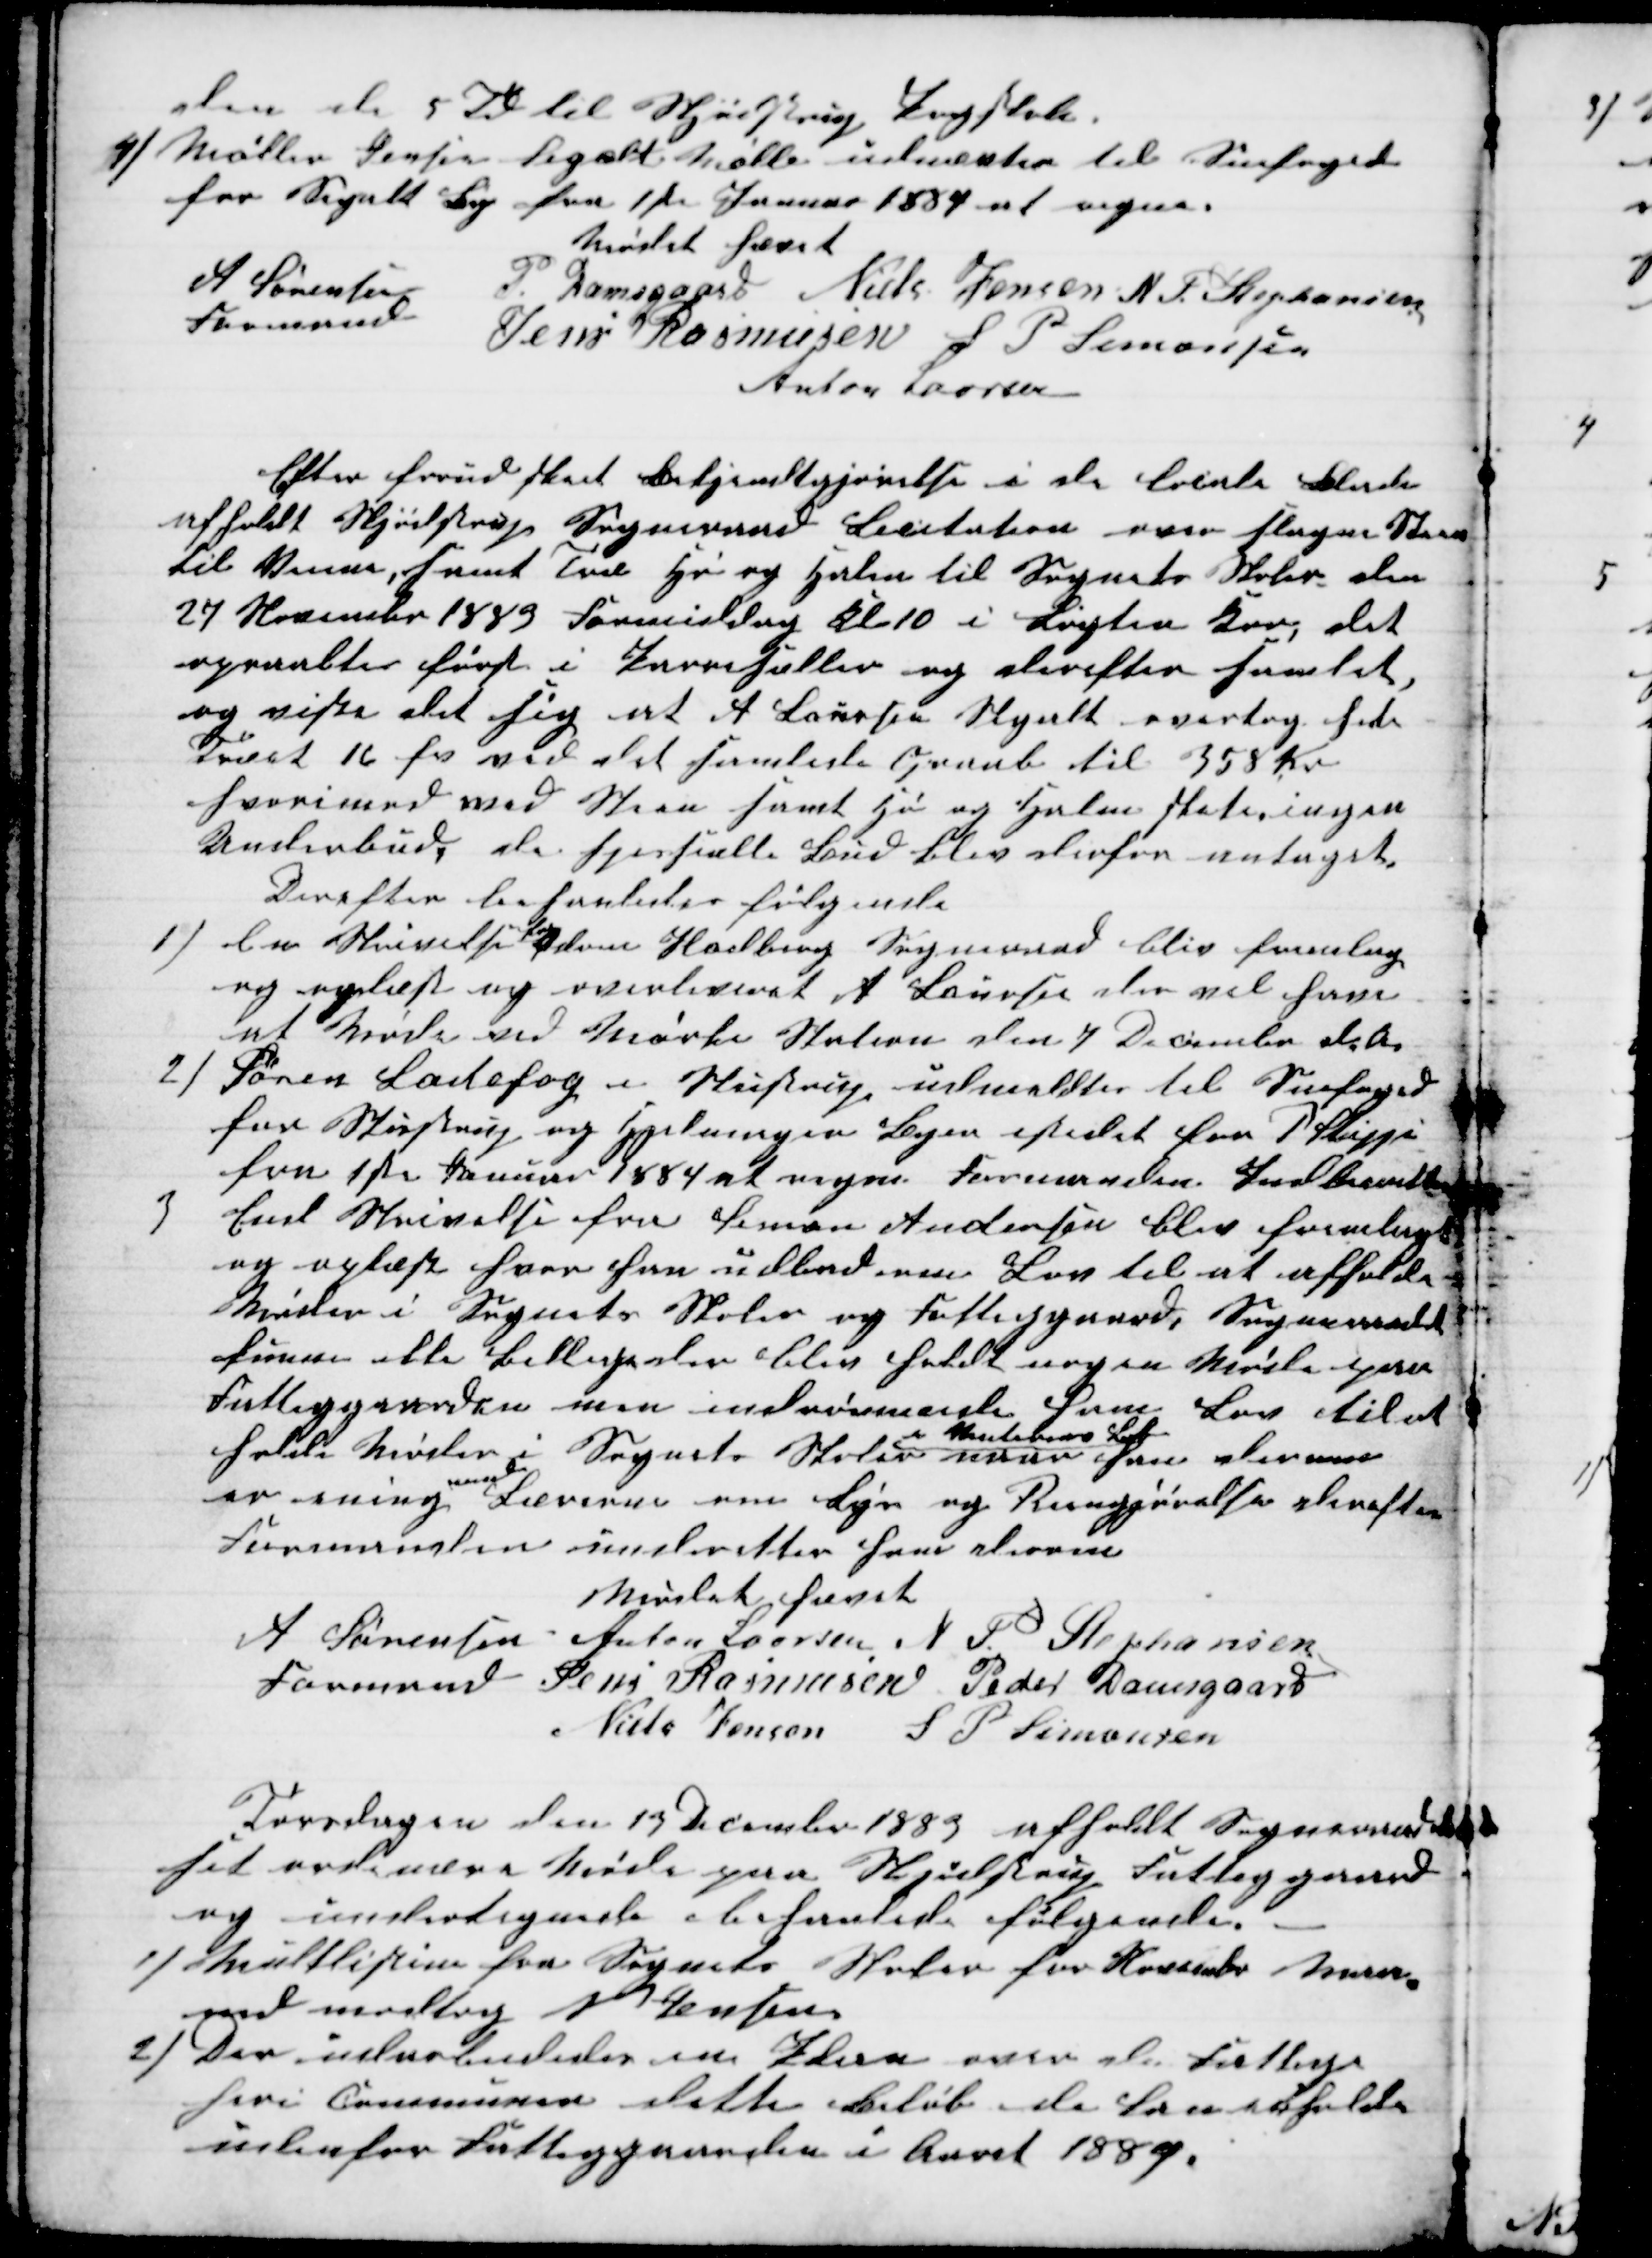
Transskription:
den de 5 Td til Skjødstrup Pogeskole.
4) Møller Jensen Segalt Mølle udnævtes til Snefoged
for Segalt By fra 1ste Januar 1884 at regne.
Mødet hævet
A Sørensen
Formand
P. Damsgaard Niels Jensen N. P. Stephansen
Jens Rasmusen S P Simonsen
Anton Laursen
Efter forud sket Bekjendtgjørelse i de locale Blade
afholdt Skjødstrup Sogneraad Licitation over slagne Steen
til Veiene, samt Træ Hø og Halm til Sognets Skoler den
27 November 1883 Formiddag Kl 10 i Løgten Kro, det
opraabtes først i Pareseller og derefter samlet,
og viste det sig at A Laursen Segalt overtog hele
Træet 16 fv ved det samlede Opraab til 358 Kr
hvorimod med Steen samt Hø og Halm skete ingen
Underbud, de spesielle Bud blev derfor antaget.
Derefter behanledes følgende
1) En Skrivelse 
fra
Ødum Hadberg Sogneraad blev fremlag
og oplæst og overleveret A Laursen der vil have
at Møde ved Mørke Skolen den 7 December d. A.
2) Søren Ladefog i Stustrup udmeldtes til Snefoged
for Stustrup og Hjelmager Byer istedet for P Skipper
fra 1ste Januar 1884 at regne Formanden Indberetter
3
End Skrivelse fra Simon Andersen blev fremlagt
og oplæst hvor han udbad om Lov til at afholde
Møder i Sognets Skoler og Fattiggaard, Sogneraadet
kunne atter Beklage der blev holdt nogen Møde paa
Fattiggaarden men indrømmede ham Lov til at
holde Møder i Sognets Skoler 
i Stustrup By
naar han dermed
er ening 
med
Læreren om Lys og Rengjørelse derefter
Formanden underetter ham derom
Mødet hævet
A Sørensen 
Formand
Anton Laursen N. P. Stephansen
Jens Rasmusen Peder Damsgaard
Niels Jensen S P Simonsen
Torsdagen den 13 December 1883 afholdt Sogneraadet
sit ordinære Møde paa Skjødstrup Fattiggaard
og undertegnede behanlede følgende
1) Multlisterne fra Sognets Skoler for November Maa-
ned modtog N Jensen
2) Der udarbeidedes en Plan over de Fattige
heri Communen dette Beløb de kan erholde
udenfor Fattiggaarden i Aaret 1884.